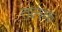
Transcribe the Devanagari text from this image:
तलक